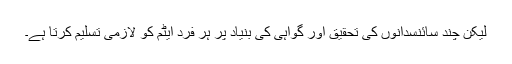
لیکن چند سائنسدانوں کی تحقیق اور گواہی کی بنیاد پر ہر فرد ایٹم کو لازمی تسلیم کرتا ہے۔